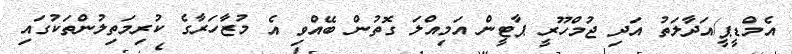
އެމްޑީޕީ/އަދާލަތު އަދި ޖުމްހޫރީ ޕާޓީން އަމިއްލަ ގޮތުން ބޭއްވި އެ މުޒާހަރާގެ ކުރިމަތިލުންތަކުގައި